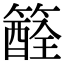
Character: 𥵏